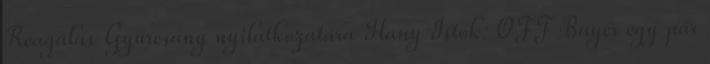
Reagálás Gyurcsány nyilatkozatára Hany Istók: OFF Bayer egy pár